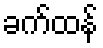
ခက်ထန်